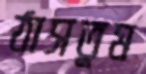
ঠাসতুম